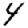
Digit: 4